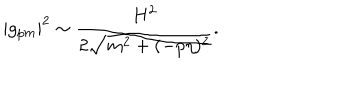
| g _ { p m } | ^ { 2 } \sim \frac { H ^ { 2 } } { 2 \sqrt { m ^ { 2 } + ( - p \eta ) ^ { 2 } } } .